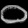
Digit: ၀